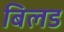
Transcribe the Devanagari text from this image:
बिलड